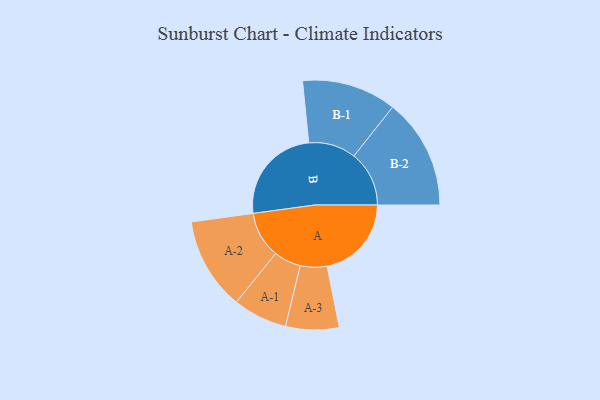
{"axis": {"x": "Segment", "y": "Value"}, "legend": ["", "A", "B"], "data": [{"x": "A", "y": 339, "type": ""}, {"x": "B", "y": 396, "type": ""}, {"x": "A-1", "y": 109, "type": "A"}, {"x": "A-2", "y": 186, "type": "A"}, {"x": "A-3", "y": 107, "type": "A"}, {"x": "B-1", "y": 190, "type": "B"}, {"x": "B-2", "y": 222, "type": "B"}]}